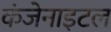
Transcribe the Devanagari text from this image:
कंजेनाइटल